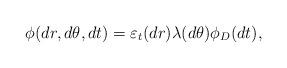
LaTeX: \begin{align*}\phi(dr,d\theta,dt)=\varepsilon_t(dr)\lambda(d\theta)\phi_D(dt),\end{align*}